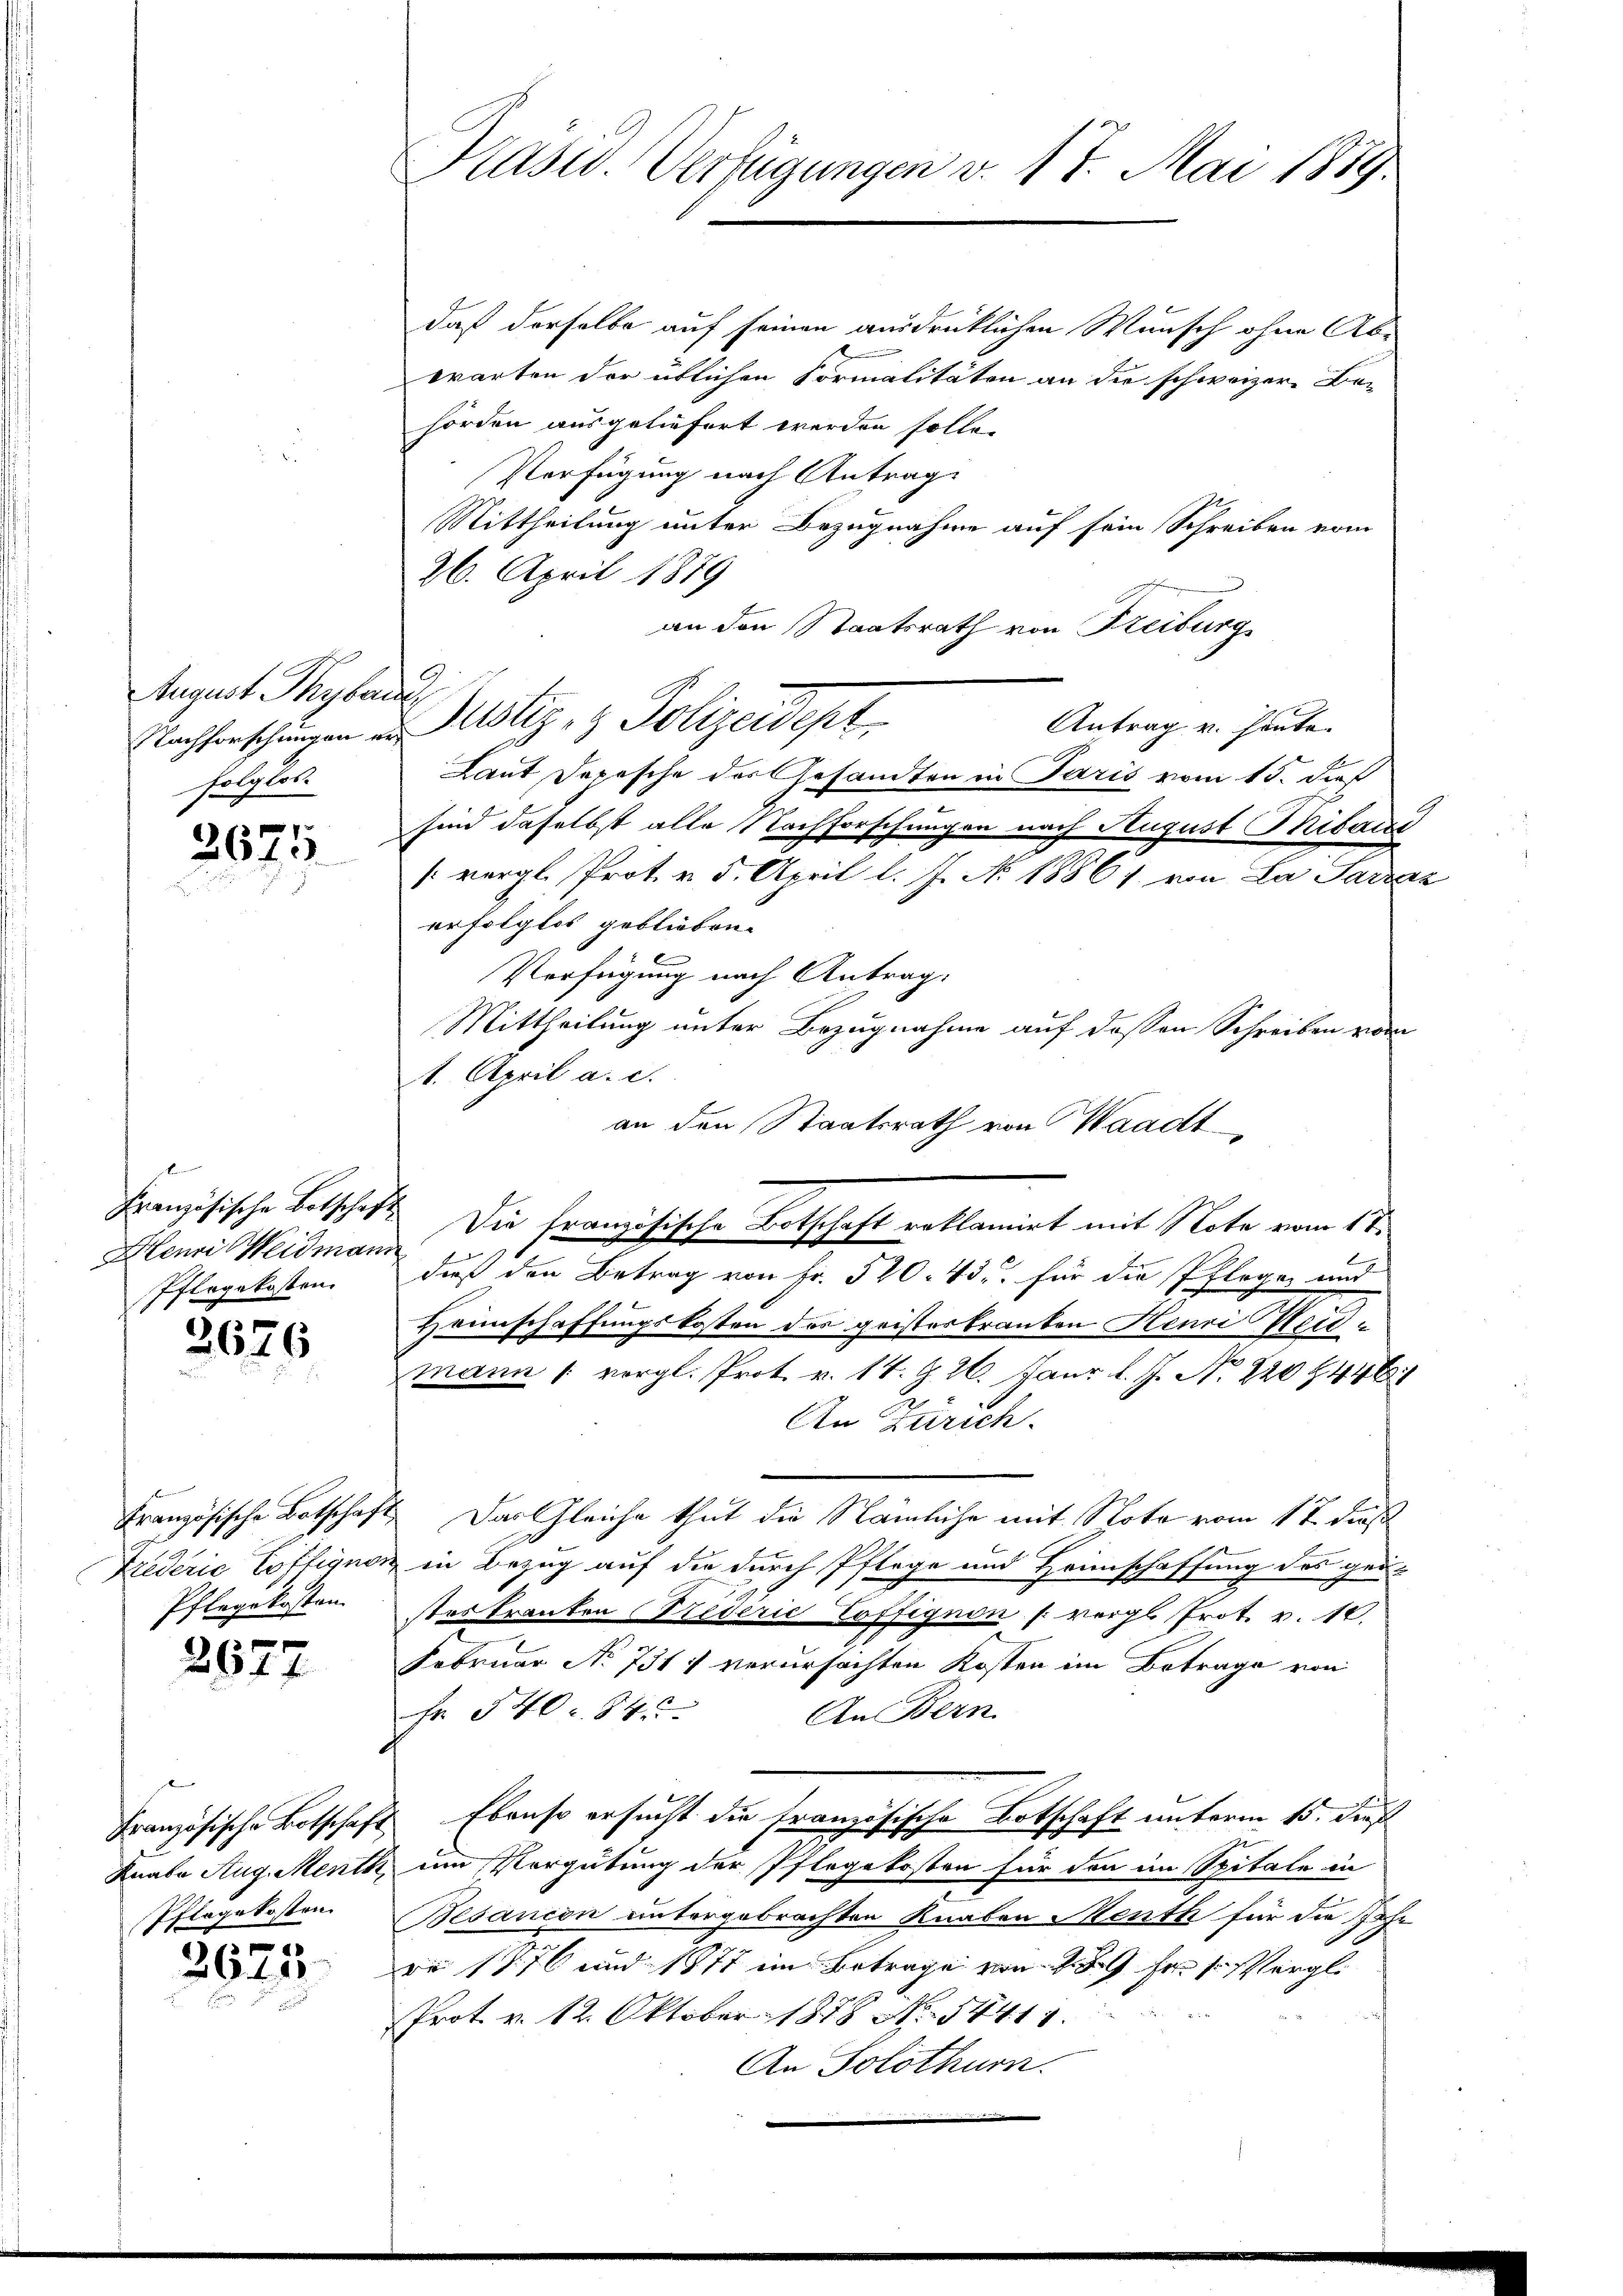
August Thybai
folglos.

2675

.
Henri Weidmann
Ifergekosten.

3626

Pflegekosten.

2677

e

204

Kasid. Verfügungen v. 17. Mai 1889.

daß derselbe auf seinen ausdrüklichen Wunsch ohne Ab-
warten der üblichen Formalitäten an die schweizer Be-
hörden ausgeliefert werden solle.
Verfügung nach Antrag
Mittheilung unter Bezugnahme auf sein Schreiben vom
26. April 1879
an den Staatsrath von Freiburg
Antrag v. heute.
Laut Depesche des Gesandten in Paris vom 15. daß
sind daselbst alle Nachforschungen nach August Thibaui
[vergl. Prot. v. 5. April l. J. No. 18867 von La Parraz
erfolglos geblieben.
Verfügung nach Antrag
Mittheilung unter Bezugnahme auf dessen Schreiben vom
1. April a. c.
an den Staatsrath von Waadt
Französische Botschaft Die französische Botschaft reklamirt mit Note vom 17.
dieß den Betrag von Fr. 520. 43. für die Pfleger und
Heimschaffungskosten der geisterkranten Henri Weidmann vergl. Prot. v. 14. G. 26. Janr. l. J. No 220 1446
2
An Zürich.
Französische Botschaft. Das Gleiche thut die Nämliche mit Nota vom 17. dieß
Trederić Coftignon in Bezug auf die durch Pflege und Heimschaffung des ge-
stes tranken Breverić Toffignon freigl. Prot. v. 10.
Februar No 731 & verursachten Kosten im Betrage von
Fr. 540. 84
An Bern
Französische Botschaft. Ebenso ersucht die französische Botschaft unterm 15. dies
Knabe Aug. Menth, um Vergütung der Pflegekosten für den im Spitale in
Pflegekosten Besancon untergebrachten Knaben Menth für die Jahr
re 1876 und 1877 im Betrage von 289 fr. 1 Vergl.
Prot. v. 12. Oktober 1878 No. 54411.
An Solothurn.

Nachforschungen an Motiz & Polizeidept